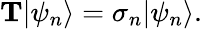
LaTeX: {\mathit{\mathbf T}}|\psi_{n}\rangle=\sigma_{n}|\psi_{n}\rangle.